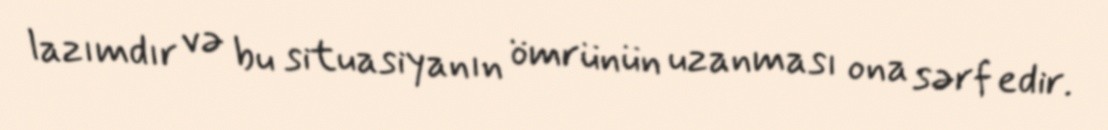
lazımdır və bu situasiyanın ömrünün uzanması ona sərf edir.